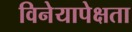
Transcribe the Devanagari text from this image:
विनेयापेक्षता